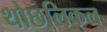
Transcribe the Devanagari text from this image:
थोछलिकल्